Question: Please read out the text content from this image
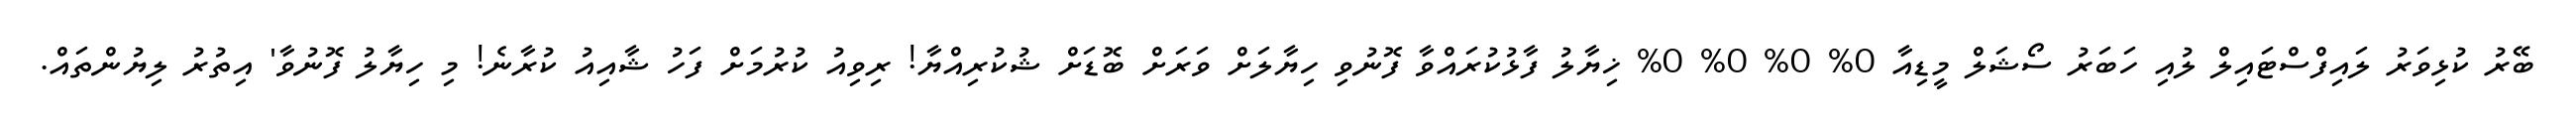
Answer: ބޭރު ކުޅިވަރު ލައިފްސްޓައިލް ލުއި ހަބަރު ސޯޝަލް މީޑިއާ 0% 0% 0% 0% ޚިޔާލު ފާޅުކުރައްވާ ފޮނުވި ހިޔާލަށް ވަރަށް ބޮޑަށް ޝުކުރިއްޔާ! ރިވިއު ކުރުމަށް ފަހު ޝާއިއު ކުރާނެ! މި ހިޔާލު ފޮނުވާ' އިތުރު ލިޔުންތައް.